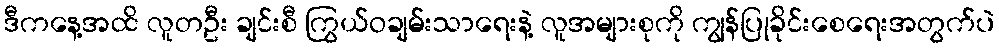
ဒီကနေ့အထိ လူတဦး ချင်းစီ ကြွယ်ဝချမ်းသာရေးနဲ့ လူအများစုကို ကျွန်ပြုခိုင်းစေရေးအတွက်ပဲ